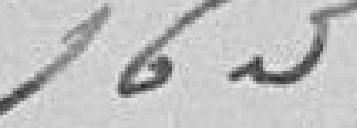
163